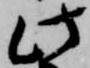
此